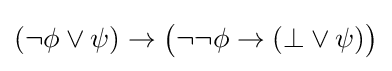
(\neg \phi \lor \psi )\to {\big (}\neg \neg \phi \to (\bot \lor \psi ){\big )}